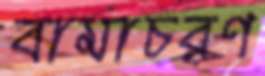
বামাচরণ